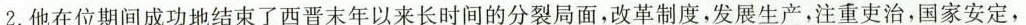
2.他在位期间成功地结束了西晋末年以来长时间的分裂局面，改革制度，发展生产，注重吏治，国家安定，